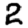
Digit: 2